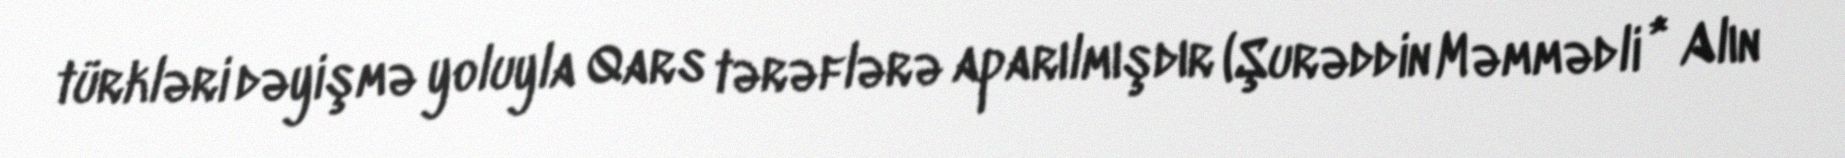
türkləri dəyişmə yoluyla Qars tərəflərə aparılmışdır (Şurəddin Məmmədli * Alın